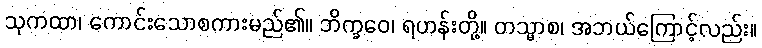
သုကထာ၊ ကောင်းသောစကားမည်၏။ ဘိက္ခဝေ၊ ရဟန်းတို့။ တသ္မာစ၊ အဘယ်ကြောင့်လည်း။